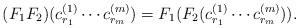
LaTeX: \begin{align*}(F_1F_2)(c_{r_1}^{(1)} \cdots c_{r_m}^{(m)}) = F_1(F_2(c_{r_1}^{(1)} \cdots c_{r_m}^{(m)})).\end{align*}